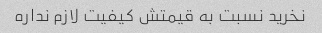
نخرید نسبت به قیمتش کیفیت لازم نداره